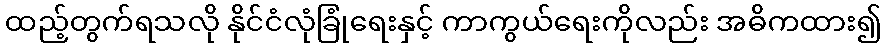
ထည့်တွက်ရသလို နိုင်ငံလုံခြုံရေးနှင့် ကာကွယ်ရေးကိုလည်း အဓိကထား၍